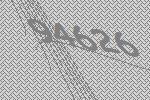
94626